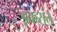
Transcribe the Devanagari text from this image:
इकरांत